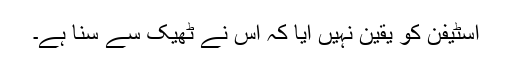
اسٹیفن کو یقین نہیں آیا کہ اس نے ٹھیک سے سنا ہے۔